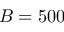
B = 5 0 0